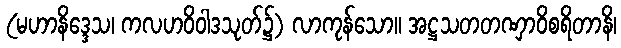
(မဟာနိဒ္ဒေသ၊ ကလဟဝိဝါဒသုတ်၌) လာကုန်သော။ အဋ္ဌသတတဏှာဝိစရိတာနိ၊